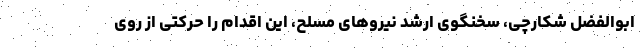
ابوالفضل شکارچی، سخنگوی ارشد نیروهای مسلح، این اقدام را حرکتی از روی